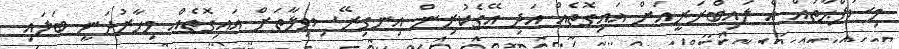
މިސަފްޙާތައް އެ ލައިބްރަރީއަށް އައިގޮތެއް އަދި އޭގެކުރިން އިނގިރޭސިވިލާތަށް އައިގޮތެއް މިހާރުދަނީ ބަލައި